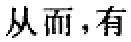
从而，有